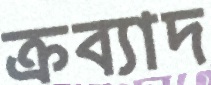
ক্রব্যাদ